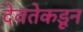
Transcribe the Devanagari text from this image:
देवतेकडून